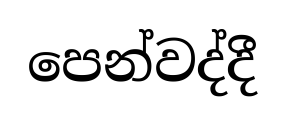
පෙන්වද්දී